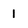
Character: l